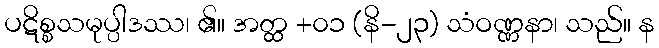
ပဋိစ္စသမုပ္ပါဒဿ၊ ၏။ အတ္ထ +၀၁ (နိ-၂၃) သံဝဏ္ဏနာ၊ သည်။ န